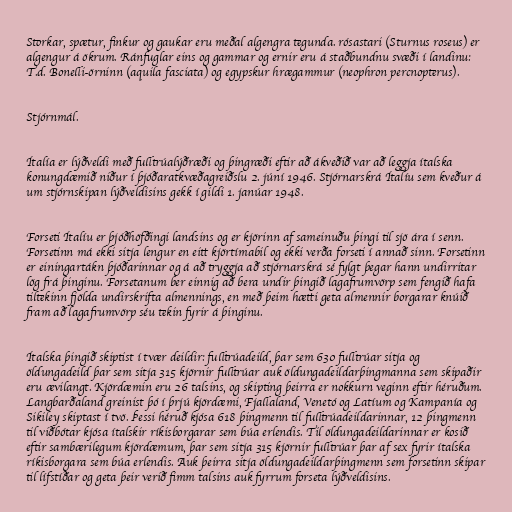
Storkar, spætur, finkur og gaukar eru meðal algengra tegunda. rósastari (Sturnus roseus) er
algengur á ökrum. Ránfuglar eins og gammar og ernir eru á staðbundnu svæði í landinu:
T.d. Bonelli-örninn (aquila fasciata) og egypskur hrægammur (neophron percnopterus).

Stjórnmál.

Ítalía er lýðveldi með fulltrúalýðræði og þingræði eftir að ákveðið var að leggja ítalska
konungdæmið niður í þjóðaratkvæðagreiðslu 2. júní 1946. Stjórnarskrá Ítalíu sem kveður á
um stjórnskipan lýðveldisins gekk í gildi 1. janúar 1948.

Forseti Ítalíu er þjóðhöfðingi landsins og er kjörinn af sameinuðu þingi til sjö ára í senn.
Forsetinn má ekki sitja lengur en eitt kjörtímabil og ekki verða forseti í annað sinn. Forsetinn
er einingartákn þjóðarinnar og á að tryggja að stjórnarskrá sé fylgt þegar hann undirritar
lög frá þinginu. Forsetanum ber einnig að bera undir þingið lagafrumvörp sem fengið hafa
tiltekinn fjölda undirskrifta almennings, en með þeim hætti geta almennir borgarar knúið
fram að lagafrumvörp séu tekin fyrir á þinginu.

Ítalska þingið skiptist í tvær deildir: fulltrúadeild, þar sem 630 fulltrúar sitja og
öldungadeild þar sem sitja 315 kjörnir fulltrúar auk öldungadeildarþingmanna sem skipaðir
eru ævilangt. Kjördæmin eru 26 talsins, og skipting þeirra er nokkurn veginn eftir héruðum.
Langbarðaland greinist þó í þrjú kjördæmi, Fjallaland, Venetó og Latíum og Kampanía og
Sikiley skiptast í tvö. Þessi héruð kjósa 618 þingmenn til fulltrúadeildarinnar, 12 þingmenn
til viðbótar kjósa ítalskir ríkisborgarar sem búa erlendis. Til öldungadeildarinnar er kosið
eftir sambærilegum kjördæmum, þar sem sitja 315 kjörnir fulltrúar þar af sex fyrir ítalska
ríkisborgara sem búa erlendis. Auk þeirra sitja öldungadeildarþingmenn sem forsetinn skipar
til lífstíðar og geta þeir verið fimm talsins auk fyrrum forseta lýðveldisins.